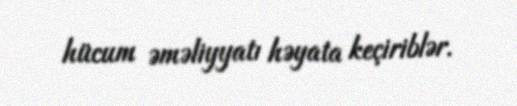
hücum əməliyyatı həyata keçiriblər.